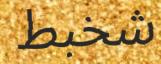
شخبط